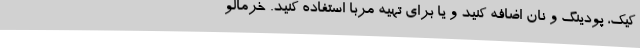
کیک، پودینگ و نان اضافه کنید و یا برای تهیه مربا استفاده کنید. خرمالو